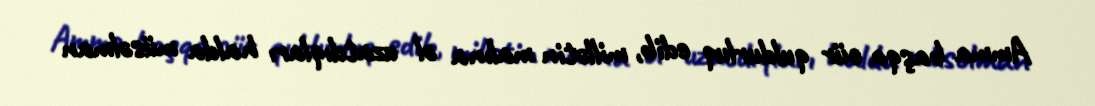
Amma başqa cür quldurluq edib, millətin malına əl uzatdıqları halda müsəlman